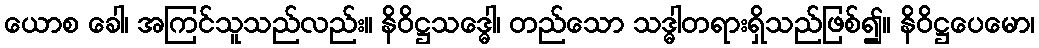
ယောစ ခေါ၊ အကြင်သူသည်လည်း။ နိဝိဋ္ဌသဒ္ဓေါ၊ တည်သော သဒ္ဓါတရားရှိသည်ဖြစ်၍။ နိဝိဋ္ဌပေမော၊